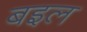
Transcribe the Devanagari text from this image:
बइल